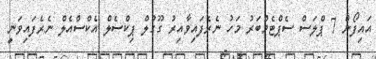
އައިފޯން 7 ޕްލަސް ސެޕްޓެމްބަރު މަހު ނެރެފައިވާއިރު ގޫގުލް ޕިކްސެލް އެކްސްއެލް ނެރެފައިވަނީ